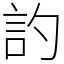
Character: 訋